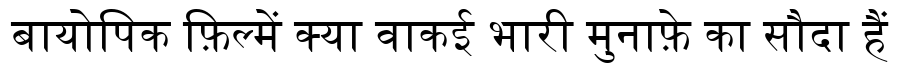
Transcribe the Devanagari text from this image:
बायोपिक फ़िल्में क्या वाकई भारी मुनाफ़े का सौदा हैं